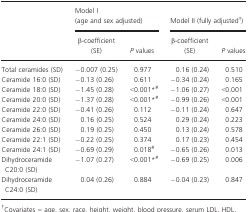
<table><thead><tr><td rowspan="2">[EMPTY_CELL]</td><td colspan="2"><b>Model I (age and sex adjusted)</b></td><td colspan="2"><b>Model II (fully adjusted†)</b></td></tr><tr><td><b>β‐coefficient (SE)</b></td><td><b><i>P</i> values</b></td><td><b>β‐coefficient (SE)</b></td><td><b><i>P</i> values</b></td></tr></thead><tbody><tr><td>Total ceramides (SD)</td><td>−0.007 (0.25)</td><td>0.977</td><td>0.16 (0.24)</td><td>0.510</td></tr><tr><td>Ceramide 16:0 (SD)</td><td>−0.13 (0.26)</td><td>0.611</td><td>−0.34 (0.24)</td><td>0.165</td></tr><tr><td>Ceramide 18:0 (SD)</td><td>−1.45 (0.28)</td><td>&lt;0.001*, #</td><td>−1.06 (0.27)</td><td>&lt;0.001</td></tr><tr><td>Ceramide 20:0 (SD)</td><td>−1.37 (0.28)</td><td>&lt;0.001*, #</td><td>−0.99 (0.26)</td><td>&lt;0.001</td></tr><tr><td>Ceramide 22:0 (SD)</td><td>−0.41 (0.26)</td><td>0.112</td><td>−0.11 (0.24)</td><td>0.647</td></tr><tr><td>Ceramide 24:0 (SD)</td><td>0.16 (0.25)</td><td>0.524</td><td>0.29 (0.24)</td><td>0.223</td></tr><tr><td>Ceramide 26:0 (SD)</td><td>0.19 (0.25)</td><td>0.450</td><td>0.13 (0.24)</td><td>0.578</td></tr><tr><td>Ceramide 22:1 (SD)</td><td>−0.22 (0.25)</td><td>0.374</td><td>0.17 (0.23)</td><td>0.454</td></tr><tr><td>Ceramide 24:1 (SD)</td><td>−0.69 (0.29)</td><td>0.018#</td><td>−0.65 (0.26)</td><td>0.013</td></tr><tr><td>Dihydroceramide C20:0 (SD)</td><td>−1.07 (0.27)</td><td>&lt;0.001*, #</td><td>−0.69 (0.25)</td><td>0.006</td></tr><tr><td>Dihydroceramide C24:0 (SD)</td><td>0.04 (0.26)</td><td>0.884</td><td>−0.04 (0.23)</td><td>0.847</td></tr></tbody></table>